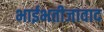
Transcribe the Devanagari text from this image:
भाईभतीजावाद